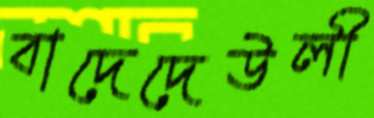
বাদেদেউলী